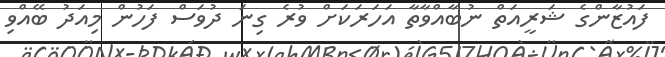
ފައުޒާންގެ ޝަރީއަތް ނުބާއްވާތާ އަހަރަކަށް ވުރެ ގިނަ ދުވަސް ފަހުން މިއަދު ބޭއްވި